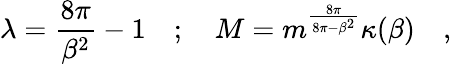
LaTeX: \lambda=\frac{8\pi}{\beta^{2}}-1\quad;\quad M=m^{\frac{8\pi}{8\pi-\beta^{2}}}\kappa(\beta)\quad,